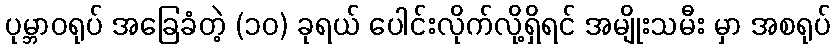
ပုမ္ဘာဝရုပ် အခြေခံတဲ့ (၁၀) ခုရယ် ပေါင်းလိုက်လို့ရှိရင် အမျိုးသမီး မှာ အစရုပ်